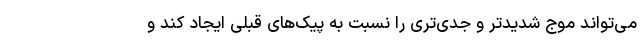
می‌تواند موج شدیدتر و جدی‌تری را نسبت به پیک‌های قبلی ایجاد کند و